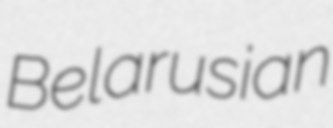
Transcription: Belarusian